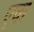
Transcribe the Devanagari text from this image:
एक